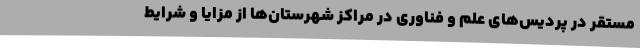
مستقر در پردیس‌های علم و فناوری در مراکز شهرستان‌ها از مزایا و شرایط